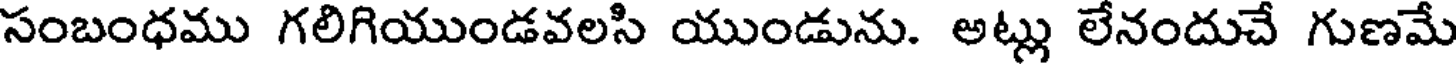
సంబంధము గలిగియుండవలసి యుండును. అట్లు లేనందుచే గుణమే